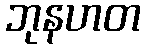
ဘုနဟတ